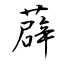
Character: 薜